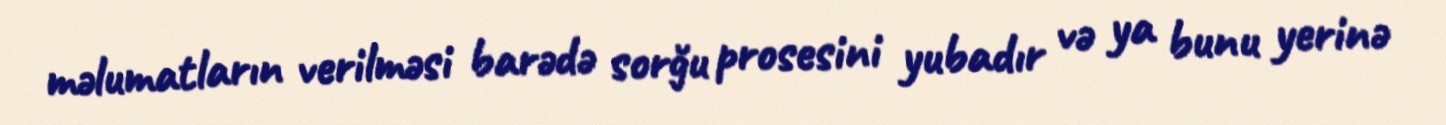
məlumatların verilməsi barədə sorğu prosesini yubadır və ya bunu yerinə